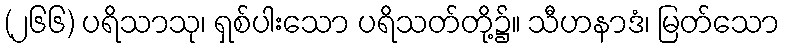
(၂၆၆) ပရိသာသု၊ ရှစ်ပါးသော ပရိသတ်တို့၌။ သီဟနာဒံ၊ မြတ်သော